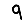
Digit: 9